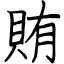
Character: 賄